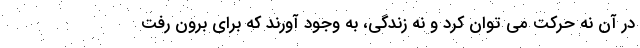
در آن نه حرکت می توان کرد و نه زندگی، به وجود آورند که برای برون رفت